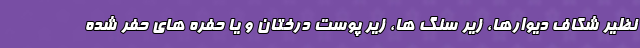
نظیر شکاف دیوارها، زیر سنگ ها، زیر پوست درختان و یا حفره های حفر شده